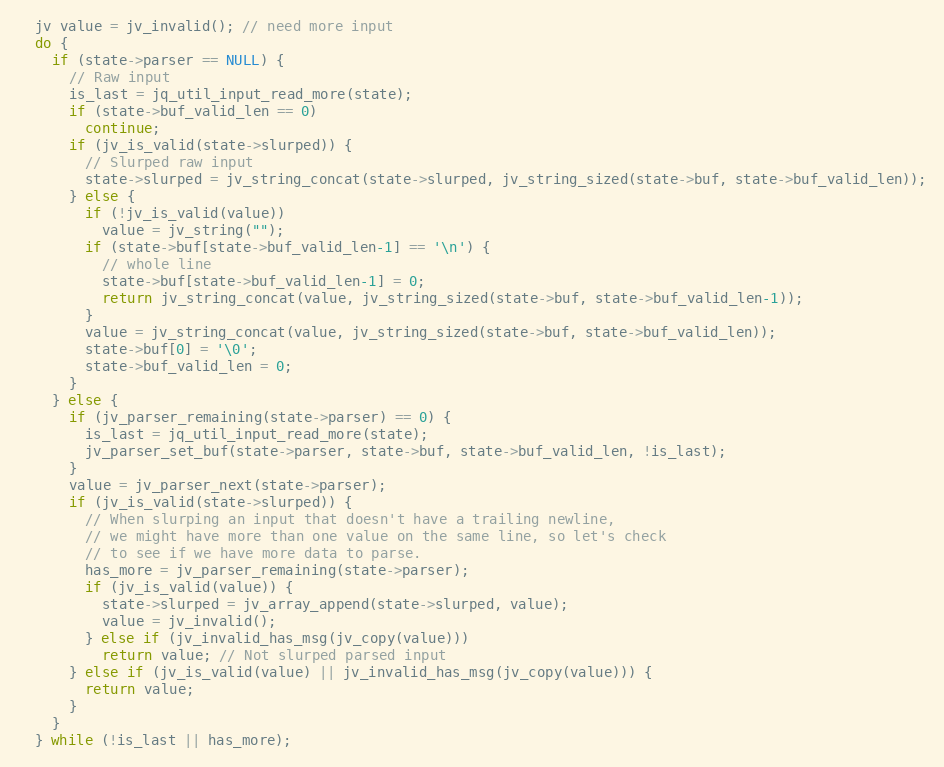
Language: C
  jv value = jv_invalid(); // need more input
  do {
    if (state->parser == NULL) {
      // Raw input
      is_last = jq_util_input_read_more(state);
      if (state->buf_valid_len == 0)
        continue;
      if (jv_is_valid(state->slurped)) {
        // Slurped raw input
        state->slurped = jv_string_concat(state->slurped, jv_string_sized(state->buf, state->buf_valid_len));
      } else {
        if (!jv_is_valid(value))
          value = jv_string("");
        if (state->buf[state->buf_valid_len-1] == '\n') {
          // whole line
          state->buf[state->buf_valid_len-1] = 0;
          return jv_string_concat(value, jv_string_sized(state->buf, state->buf_valid_len-1));
        }
        value = jv_string_concat(value, jv_string_sized(state->buf, state->buf_valid_len));
        state->buf[0] = '\0';
        state->buf_valid_len = 0;
      }
    } else {
      if (jv_parser_remaining(state->parser) == 0) {
        is_last = jq_util_input_read_more(state);
        jv_parser_set_buf(state->parser, state->buf, state->buf_valid_len, !is_last);
      }
      value = jv_parser_next(state->parser);
      if (jv_is_valid(state->slurped)) {
        // When slurping an input that doesn't have a trailing newline,
        // we might have more than one value on the same line, so let's check
        // to see if we have more data to parse.
        has_more = jv_parser_remaining(state->parser);
        if (jv_is_valid(value)) {
          state->slurped = jv_array_append(state->slurped, value);
          value = jv_invalid();
        } else if (jv_invalid_has_msg(jv_copy(value)))
          return value; // Not slurped parsed input
      } else if (jv_is_valid(value) || jv_invalid_has_msg(jv_copy(value))) {
        return value;
      }
    }
  } while (!is_last || has_more);